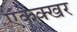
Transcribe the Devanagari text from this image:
एकक्खर